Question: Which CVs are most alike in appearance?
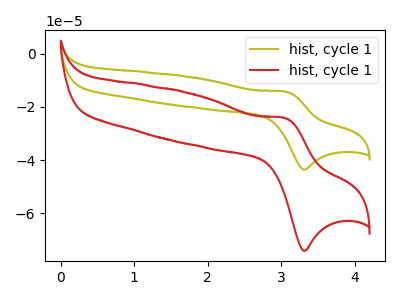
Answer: <think>The olive curve "hist, cycle 11" has an anodic peak at (3.05V, -14.25uA) and a cathodic peak at (3.30V, -43.55uA). The red curve "hist, cycle 12" has an anodic peak at (3.05V, -24.20uA) and a cathodic peak at (3.30V, -74.10uA).
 All the peaks in "hist, cycle 11" have a peak in "hist, cycle 12" at the same potential.</think>
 <answer>"hist, cycle 12" and "hist, cycle 11" have the same shape and are likely CV's of the same chemical.</answer>
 <eval>"hist, cycle 12" "hist, cycle 11"</eval>